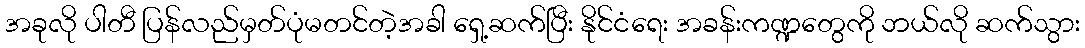
အခုလို ပါတီ ပြန်လည်မှတ်ပုံမတင်တဲ့အခါ ရှေ့ဆက်ပြီး နိုင်ငံရေး အခန်းကဏ္ဍတွေကို ဘယ်လို ဆက်သွား